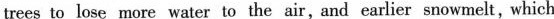
trees to lose more water to the air,and earlier snowmelt, which